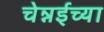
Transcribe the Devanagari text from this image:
चेन्नईच्‍या